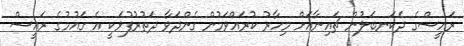
ރައީސްގެ ދެކަނބަލުން ޗައިނާއަށް މިހާރު ކުރައްވަމުން ގެންދަވާ ދަތުރުފުޅަކީ އެ ގައުމުގެ ރައީސް